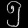
Digit: ၅